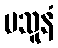
ပသူနံ